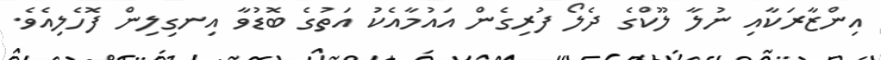
އިންޒާރަކާއި ނުލާ ލޫކްގެ ދެލޯ ފުރިގެން އައުމާއެކު އަތުގެ ބޮޑުވާ އިނގިލިން ފޮހެލިއެވެ.